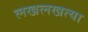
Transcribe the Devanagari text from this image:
लखलखत्या